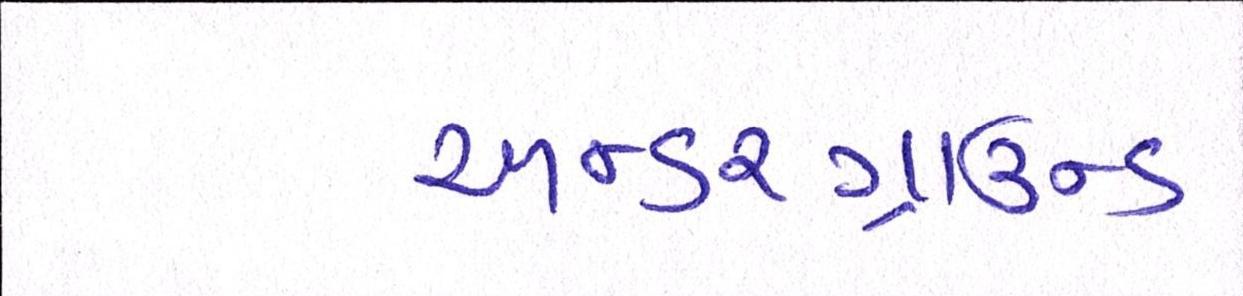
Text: અન્ડરગ્રાઉન્ડ